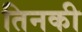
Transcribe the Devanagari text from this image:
तिनकी